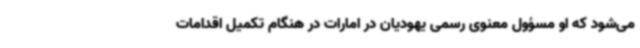
می‌شود که او مسؤول معنوی رسمی یهودیان در امارات در هنگام تکمیل اقدامات